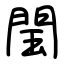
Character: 閠